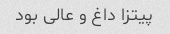
پیتزا داغ و عالی بود